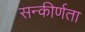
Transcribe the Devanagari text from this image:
सन्कीर्णता